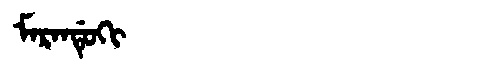
Manchu: ᠮᠠᡵᠠᠨᡩᡠᡴᡳ
Romanization: MARANDUKI